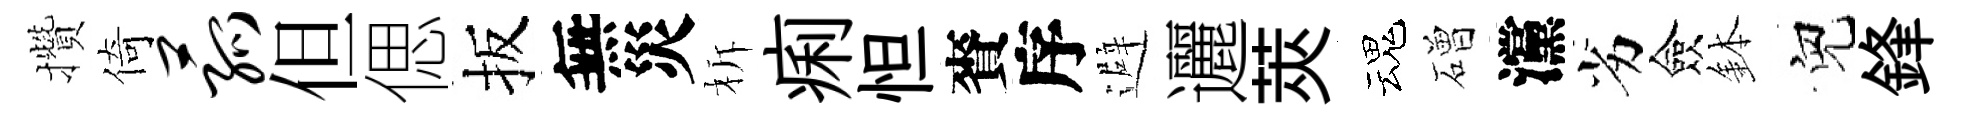
攢倚菰但偲扳無災柝痢怛賚序避邐莢魂磳灙劣僉鉢兒鋒